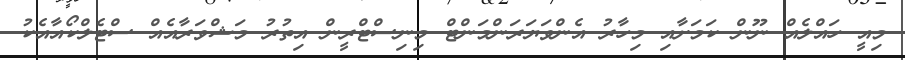
މިއީ ހައްލެއް ނޫން ކަމަށާއި މިހާރު އެންވަޔަރަންމަންޓް މިނިސްޓްރީން އިތުރު މަޝްވަރާއެއް ސްޓެލްކޯއާއެކު